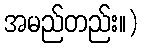
အမည်တည်း။)